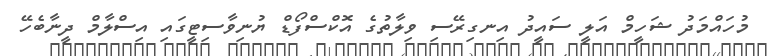
މުހައްމަދު ޝަހީމް އަލީ ސައީދު އިނގިރޭސި ވިލާތުގެ އޮކްސްފޯޑް ޔުނިވާސިޓީގައި އިސްލާމް ދީނާބެހޭ